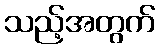
သည့်အတွက်